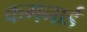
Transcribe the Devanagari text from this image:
कगनार्ड